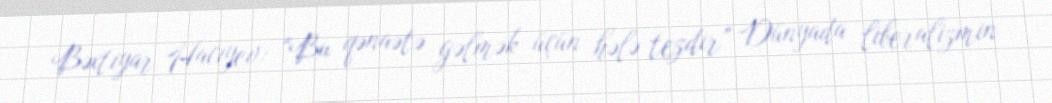
Bəxtiyar Hacıyev: “Bu qənaətə gəlmək üçün hələ tezdir” Dünyada liberalizmin